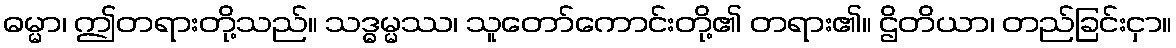
ဓမ္မာ၊ ဤတရားတို့သည်။ သဒ္ဓမ္မဿ၊ သူတော်ကောင်းတို့၏ တရား၏။ ဌိတိယာ၊ တည်ခြင်းငှာ။